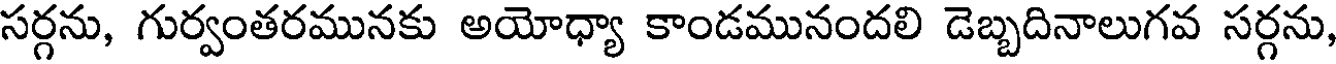
సర్గను, గుర్వంతరమునకు అయోధ్యా కాండమునందలి డెబ్బదినాలుగవ సర్గను,